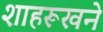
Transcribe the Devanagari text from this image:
शाहरूखने